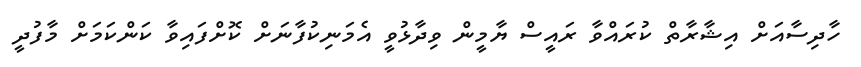
ހާދިސާއަށް އިޝާރާތް ކުރައްވާ ރައީސް ޔާމީން ވިދާޅުވީ އެމަނިކުފާނަށް ކޮށްފައިވާ ކަންކަމަށް މާފުދީ